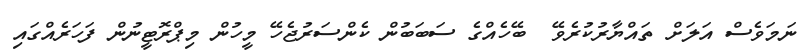
ނަމަވެސް އަލަށް ތައްޔާރުކުރެވޭ  ބޭހެއްގެ ސަބަބުން ކެންސަރުޖެހޭ މީހުން މިޕްރޮޓީނުން ފަހަރެއްގައި